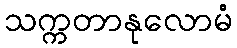
သက္ကတာနုလောမံ